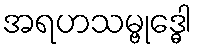
အရဟသမ္ဗုဒ္ဓေါ